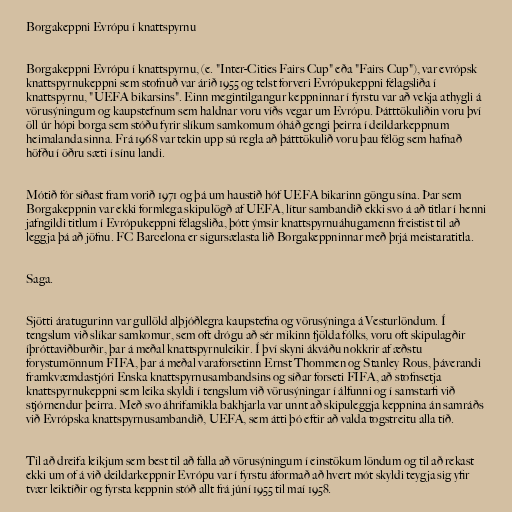
Borgakeppni Evrópu í knattspyrnu

Borgakeppni Evrópu í knattspyrnu, (e. "Inter-Cities Fairs Cup" eða "Fairs Cup"), var evrópsk
knattspyrnukeppni sem stofnuð var árið 1955 og telst forveri Evrópukeppni félagsliða í
knattspyrnu, "UEFA bikarsins". Einn megintilgangur keppninnar í fyrstu var að vekja athygli á
vörusýningum og kaupstefnum sem haldnar voru víðs vegar um Evrópu. Þátttökuliðin voru því
öll úr hópi borga sem stóðu fyrir slíkum samkomum óháð gengi þeirra í deildarkeppnum
heimalanda sinna. Frá 1968 var tekin upp sú regla að þátttökulið voru þau félög sem hafnað
höfðu í öðru sæti í sínu landi.

Mótið fór síðast fram vorið 1971 og þá um haustið hóf UEFA bikarinn göngu sína. Þar sem
Borgakeppnin var ekki formlega skipulögð af UEFA, lítur sambandið ekki svo á að titlar í henni
jafngildi titlum í Evrópukeppni félagsliða, þótt ýmsir knattspyrnuáhugamenn freistist til að
leggja þá að jöfnu. FC Barcelona er sigursælasta lið Borgakeppninnar með þrjá meistaratitla.

Saga.

Sjötti áratugurinn var gullöld alþjóðlegra kaupstefna og vörusýninga á Vesturlöndum. Í
tengslum við slíkar samkomur, sem oft drógu að sér mikinn fjölda fólks, voru oft skipulagðir
íþróttaviðburðir, þar á meðal knattspyrnuleikir. Í því skyni ákváðu nokkrir af æðstu
forystumönnum FIFA, þar á meðal varaforsetinn Ernst Thommen og Stanley Rous, þáverandi
framkvæmdastjóri Enska knattspyrnusambandsins og síðar forseti FIFA, að stofnsetja
knattspyrnukeppni sem leika skyldi í tengslum við vörusýningar í álfunni og í samstarfi við
stjórnendur þeirra. Með svo áhrifamikla bakhjarla var unnt að skipuleggja keppnina án samráðs
við Evrópska knattspyrnusambandið, UEFA, sem átti þó eftir að valda togstreitu alla tíð.

Til að dreifa leikjum sem best til að falla að vörusýningum í einstökum löndum og til að rekast
ekki um of á við deildarkeppnir Evrópu var í fyrstu áformað að hvert mót skyldi teygja sig yfir
tvær leiktíðir og fyrsta keppnin stóð allt frá júní 1955 til maí 1958.